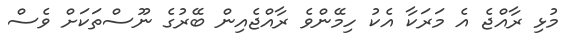
މުޅި ރާއްޖެ އެ މަރަކާ އެކު ހިމޭންވެ ރާއްޖެއިން ބޭރުގެ ނޫސްތަކަށް ވެސް